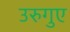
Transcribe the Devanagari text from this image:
उरुगुए